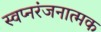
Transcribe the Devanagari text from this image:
स्वप्नरंजनात्मक